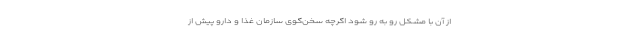
از آن با مشکل رو به رو شود اگرچه سخن‌گوی سازمان غذا و دارو پیش از